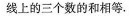
线上的三个数的和相等。